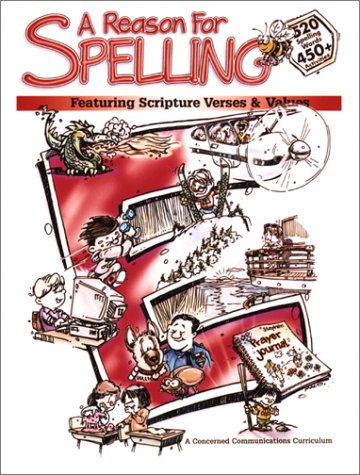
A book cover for A Reason For Spelling: Student Workbook Level E; Rebecca Burton; Reference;